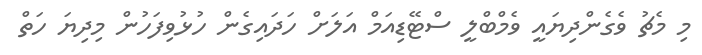
މި މެޗު ވެގެންދިޔައީ ވެމްބްލީ ސްޓޭޑިއަމް އަލަށް ހަދައިގެން ހުޅުވިފަހުން މިދިޔަ ހަތް